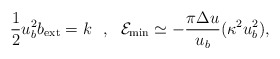
\begin{align*}\frac{1}{2}u^2_bb_{\rm ext}=k\ \ ,\ \ {\cal E}_{\rm min}\simeq -\frac{\pi\Delta u}{u_b}(\kappa^2u^2_b),\end{align*}